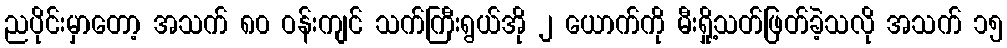
ညပိုင်းမှာတော့ အသက် ၈၀ ဝန်းကျင် သက်ကြီးရွယ်အို ၂ ယောက်ကို မီးရှို့သတ်ဖြတ်ခဲ့သလို အသက် ၁၅